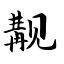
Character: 觏